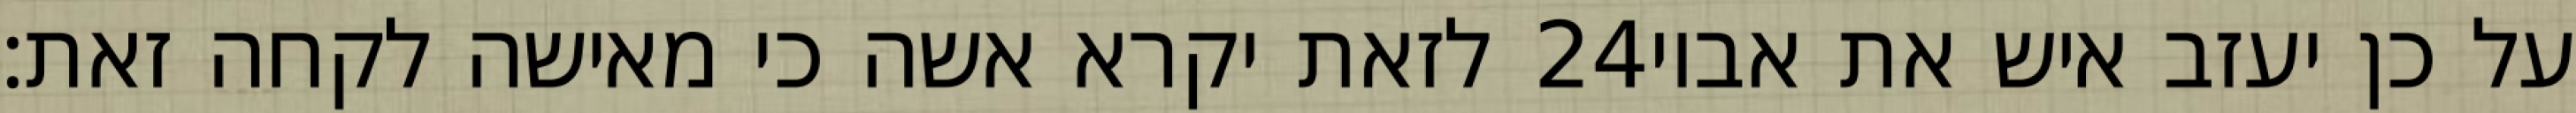
לזאת יקרא אשה כי מאישה לקחה זאת׃ ‎24‏ על כן יעזב איש את אביו